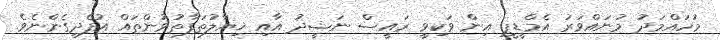
މުހައްމަދު މުނައްވަރު އެމްޑީޕީ އިން ވަކިވީ ރައީސް ނަޝީދު އާއި ޚިޔާލުތަފާތުވުންތައް އުފެދިގެންނެވެ.